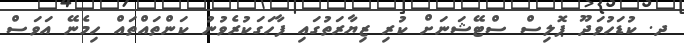
ދ. ކުޑަހުވަދޫ ޕޮލިސް ސްޓޭޝަނަށް ކުރި ޒިޔާރަތުގައި ފާހަގަކުރެވުނު ކަންތައްތައް ހިމެނޭ އަވަސް